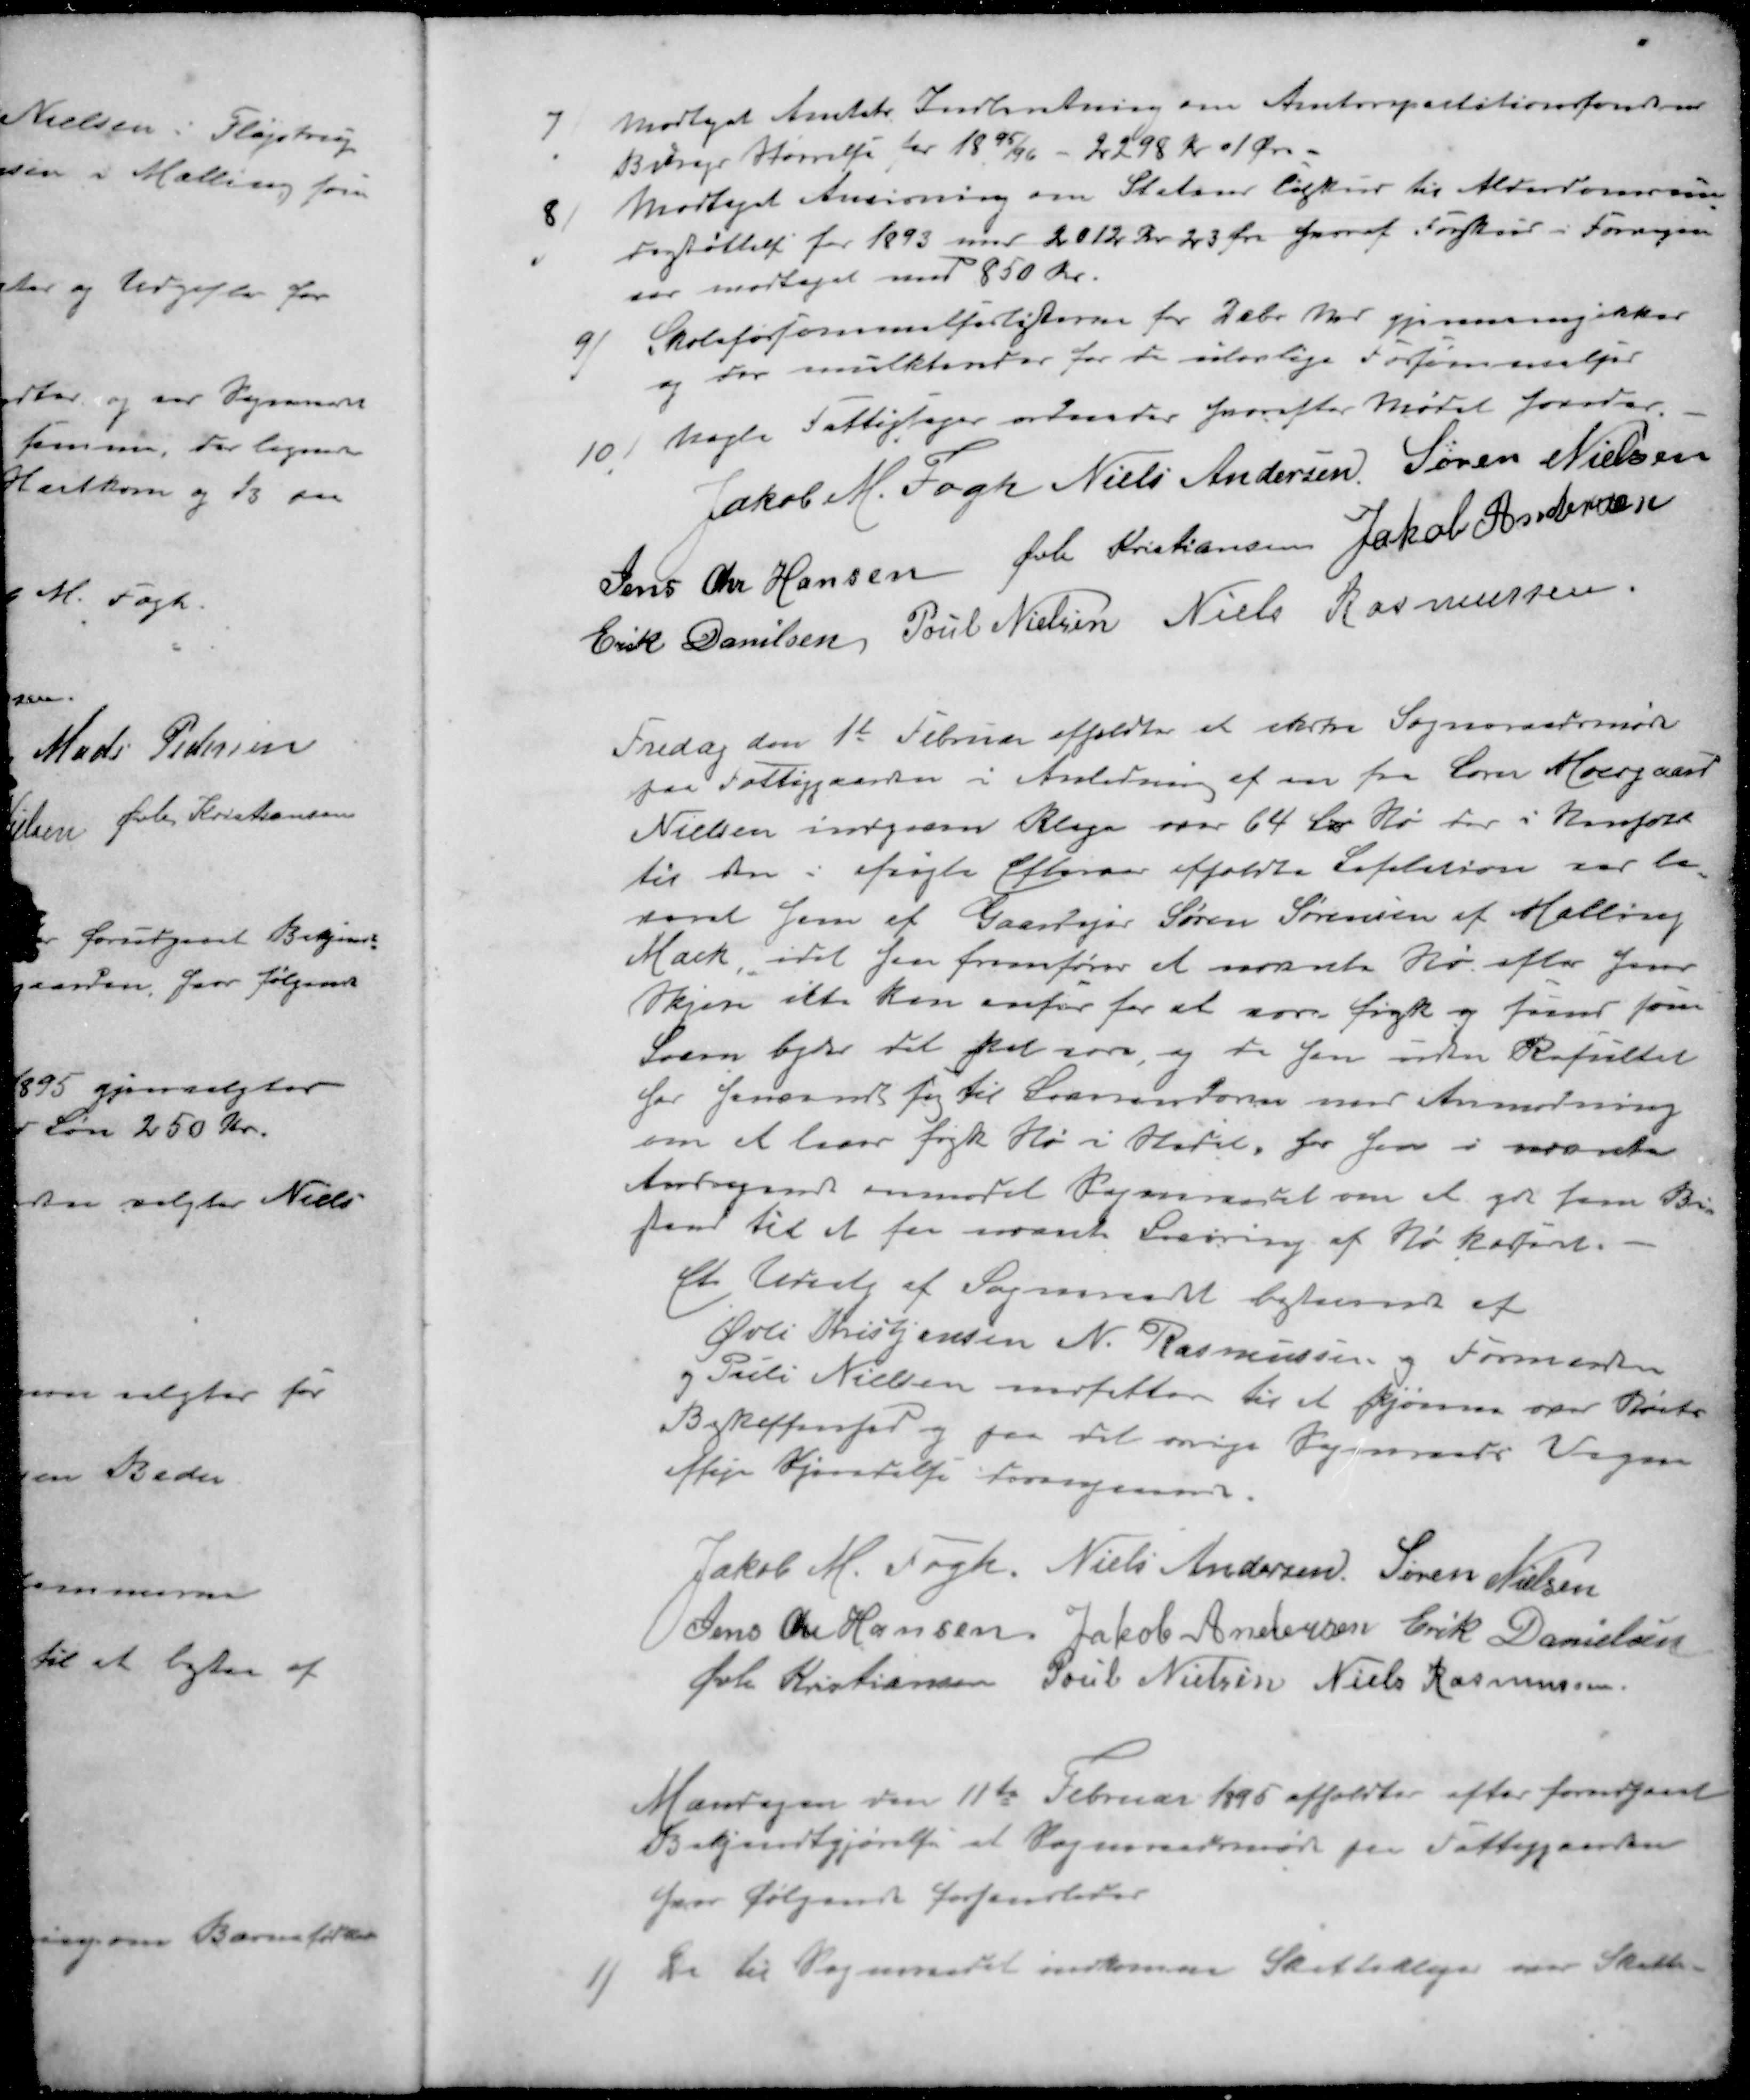
Transskription:
7 ) Modtaget Amtets Indberetning om Amtsrepartitionsfonden
Bidrags størrelse for 1890/96 - 2298 kr 01 Øre.
8 ) Modtaget Anvisning om Statens Tilskud til Alderdomsun-
derstøttelse for 1893 med 2012 Kr. 23 Øre hvoraf Forskud i Forvejen
var modtaget med 850 Kr.
9 ) Skoleforsømmelforlisterne for Dcbr. Mdr gjennemgikkes
og der mulkteredes for de ulovlige Forsømmelser
10 ) nogle Fattigsager ordnedes hvorefter Mødet hævedes
Jakob M. Fogh
Niels Andersen
Søren Nielsen
Jens Chr Hansen
Øvli Kristiansen
Jakob Andersen
Erik Danielsen
Poul Nielsen
Niels Rasmussen.
Fredag den 1t Februar afholdtes et ekstra Sogneraadsmøde
paa Fattiggaarden i Anledning af en fra Lærer Moesgaard
Nielsen indgiven Klage over 64 Læs Hø der i Henhold
til den i Afvigte Efteraar afholdte Lisitation var le-
veret ham af Gaardejer Søren Sørensen af Malling
Mark, idet han fremfører at nævnte Hø efter hans
Skjøn ikke kan anses for at være frisk og  som
Loven byder det skal være, og da han uden Resultat
har henvendt sig til Leverandøren med Anmodning
om at levere frisk Hø i stedet for den i nævnte
Andragende anmodet Sogneraadet om at gør som Bi-
stand til at faa nævnte Levering af Hø udført
Et Udvalg af Sogneraadt bestaaende af
Øvli Kristjansen N. Rasmussen og Formanden
og Pauli Nielsen nedsattes til at skjønne over Høets
Beskaffenhed og paa det øvrige Sogneraads Vegne
afsige Kjendelse desangaaende
Jakob M. Fogh
Niels Andersen
Søren Nielsen
Jens Chr Hansen
Jakob Andersen
Erik Danielsen
Øvli Kristiansen
Poul Nielsen
Niels Rasmussen
Mandagen den 11te Februar 1895 afholdtes efter forudgaaet
Bekjendtgjørelse et Sogneraadsmøde paa Fattiggaarden
hvor følgende forhandledes
1 ) De til Sogneraadet indkomme Skatteklager over Skatte-